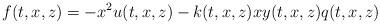
LaTeX: \begin{align*}f(t,x,z)=-x^2u(t,x,z)-k(t,x,z)xy(t,x,z)q(t,x,z)\end{align*}